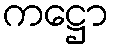
ကဋ္ဌော